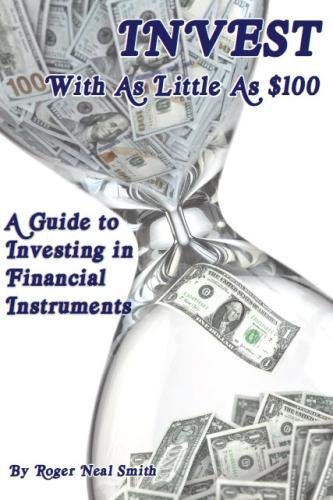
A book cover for Invest With As Little As $100: A guide to investing in financial instruments; Roger Neal Smith; Business & Money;